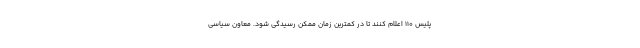
پلیس ۱۱۰ اعلام کنند تا در کمترین زمان ممکن رسیدگی شود. معاون سیاسی